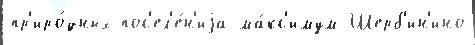
пр'иро́дных пос'ел'е́н'иjа ма́кс'имум Шерб'ин'ино